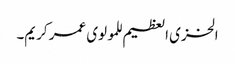
الخزی العظیم للمولوی عمر کریم۔